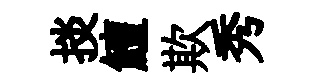
掞鱣欺秀